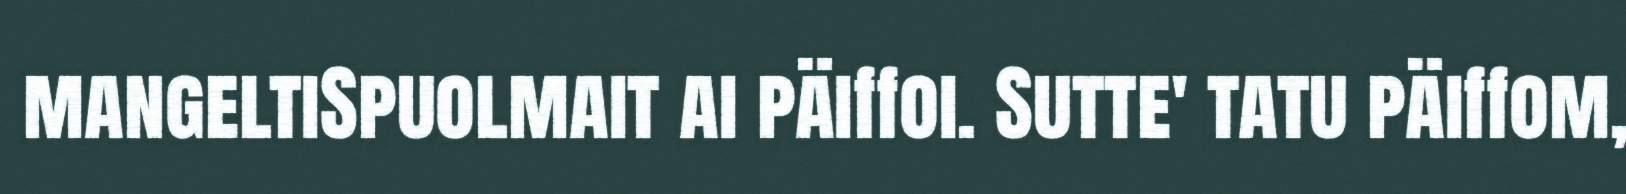
mangeltiSpuolmait ai päiffoi. Sutte' tatu päiffom,